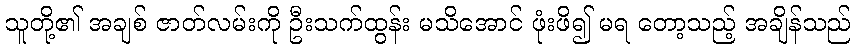
သူတို့၏ အချစ် ဇာတ်လမ်းကို ဦးသက်ထွန်း မသိအောင် ဖုံးဖိ၍ မရ တော့သည့် အချိန်သည်